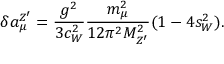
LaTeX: \delta a _ { \mu } ^ { Z ^ { \prime } } = \frac { g ^ { 2 } } { 3 c _ { W } ^ { 2 } } \frac { m _ { \mu } ^ { 2 } } { 1 2 \pi ^ { 2 } M _ { Z ^ { \prime } } ^ { 2 } } ( 1 - 4 s _ { W } ^ { 2 } ) .